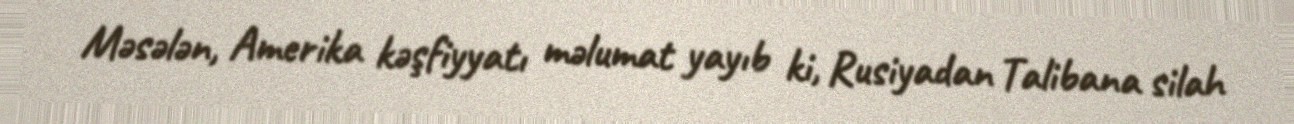
Məsələn, Amerika kəşfiyyatı məlumat yayıb ki, Rusiyadan Talibana silah